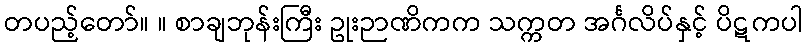
တပည့်တော်။ ။ စာချဘုန်းကြီး ဥုးဉာဏိကက သက္ကတ အင်္ဂလိပ်နှင့် ပိဋကပါ